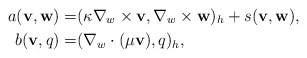
\begin{align*}a(\textbf{v},\textbf{w})=&(\kappa\nabla_{w}\times\textbf{v},\nabla_{w} \times\textbf{w})_h+s(\textbf{v},\textbf{w}),\\b(\textbf{v},q)=&(\nabla_{w}\cdot (\mu\textbf{v}),q)_h,\end{align*}